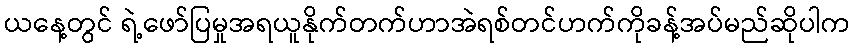
ယနေ့တွင် ရဲ့ဖော်ပြမှုအရယူနိုက်တက်ဟာအဲရစ်တင်ဟက်ကိုခန့်အပ်မည်ဆိုပါက